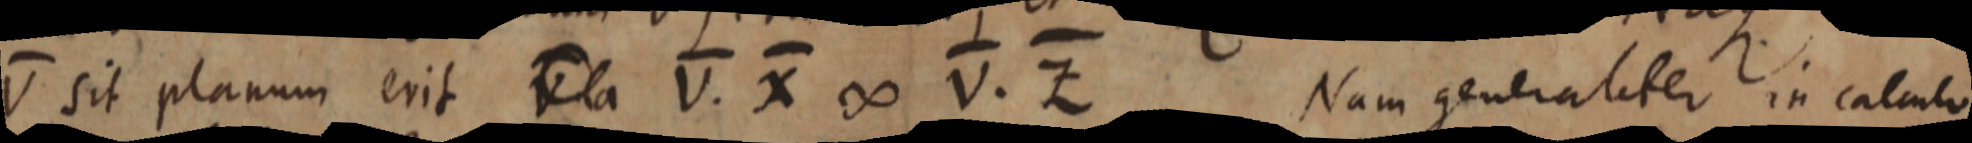
V sit planum erit V la V. X ∞ V. Z Nam generaliter in calculo